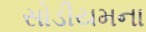
સોડીયમના